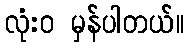
လုံးဝ မှန်ပါတယ်။